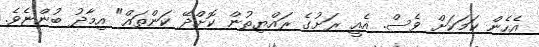
އެހެން ކަމަކަށް ވެސް. އެއީ ރަށުގެ ރައްޔިތުން ކޮށްދޭ ކަންތައް" އިމާދު ބުންޏެވެ.